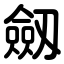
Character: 劔